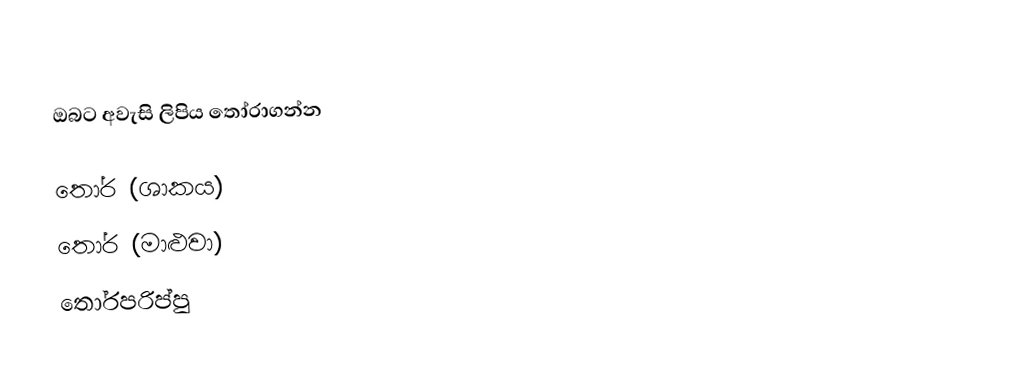
ඔබට අවැසි ලිපිය තෝරාගන්න

  තෝර (ශාකය)
  තෝර (මාළුවා)
  තෝරපරිප්පු